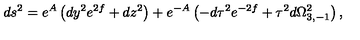
d s ^ { 2 } = e ^ { A } \left( d y ^ { 2 } e ^ { 2 f } + d z ^ { 2 } \right) + e ^ { - A } \left( - d \tau ^ { 2 } e ^ { - 2 f } + \tau ^ { 2 } d \Omega _ { 3 , - 1 } ^ { 2 } \right) ,